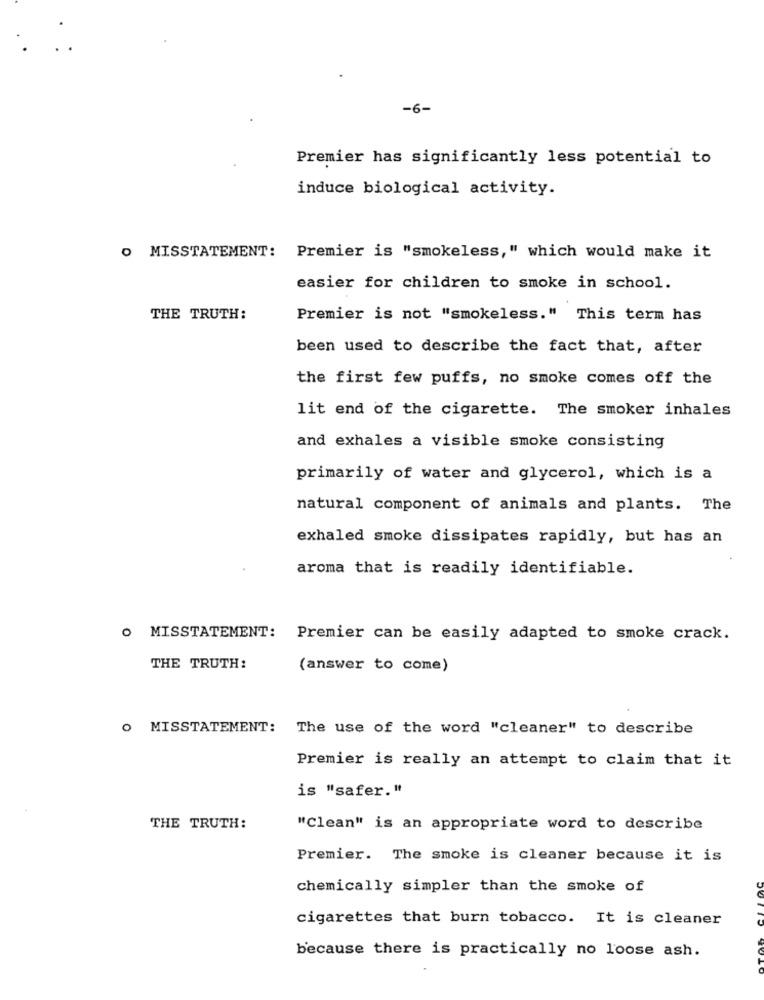
-6-
Premier has significantly less potential to
induce biological activity.
O MISSTATEMENT: Premier is "smokeless," which would make it
easier for children to smoke in school.
THE TRUTH:
Premier is not "smokeless." This term has
been used to describe the fact that, after
the first few puffs, no smoke comes off the
lit end of the cigarette. The smoker inhales
and exhales a visible smoke consisting
primarily of water and glycerol, which is a
natural component of animals and plants. The
exhaled smoke dissipates rapidly, but has an
aroma that is readily identifiable.
O MISSTATEMENT: Premier can be easily adapted to smoke crack.
THE TRUTH:
(answer to come)
O MISSTATEMENT: The use of the word "cleaner" to describe
Premier is really an attempt to claim that it
is "safer."
THE TRUTH:
"Clean" is an appropriate word to describe
Premier. The smoke is cleaner because it is
chemically simpler than the smoke of
cigarettes that burn tobacco. It is cleaner
because there is practically no loose ash.